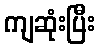
ကျဆုံးပြီး